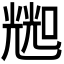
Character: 𱔛